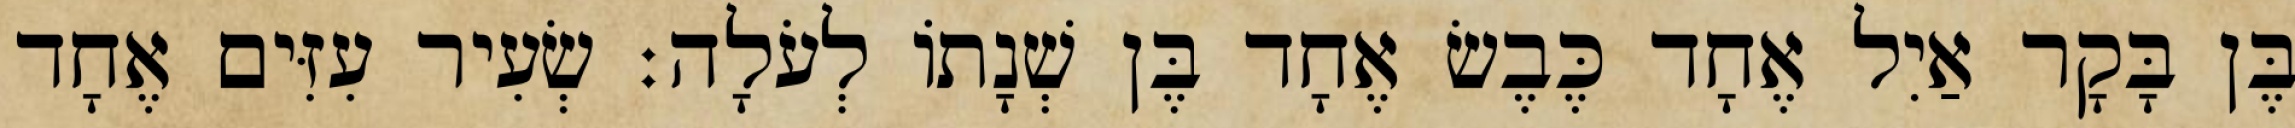
בֶּן בָּקָר אַיִל אֶחָד כֶּבֶשׂ אֶחָד בֶּן שְׁנָתוֹ לְעֹלָה׃ שְׂעִיר עִזִּים אֶחָד